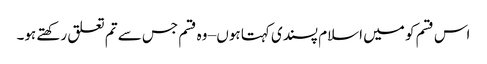
اس قسم کو میں اسلام پسندی کہتا ہوں – وہ قسم جس سے تم تعلق رکھتے ہو۔